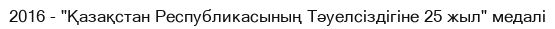
2016 - "Қазақстан Республикасының Тәуелсіздігіне 25 жыл" медалі